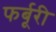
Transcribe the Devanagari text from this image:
फर्बूरी